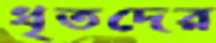
ধৃতদের